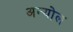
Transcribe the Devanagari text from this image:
अन्योल